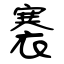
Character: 褰